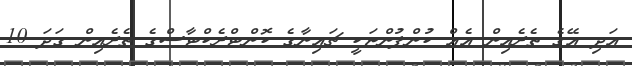
އަދި އޭގެ ތެރެއިން އެއް ކުންފުންޏަކީ ޗައިނާގެ ކޮންޓްރެކްޓާސްގެ ތެރެއިން ގަދަ 10